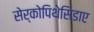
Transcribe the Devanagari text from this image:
सेर्कोपिथेसिडाए